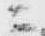
ニ